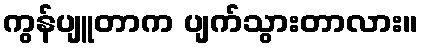
ကွန်ပျူတာက ပျက်သွားတာလား။